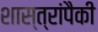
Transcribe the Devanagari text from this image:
शास्त्रांपैकी